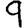
Digit: 9